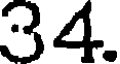
34.